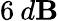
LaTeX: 6\: d\mathbf{B}